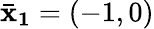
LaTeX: \mathbf{\bar{x}_{1}}=(-1,0)